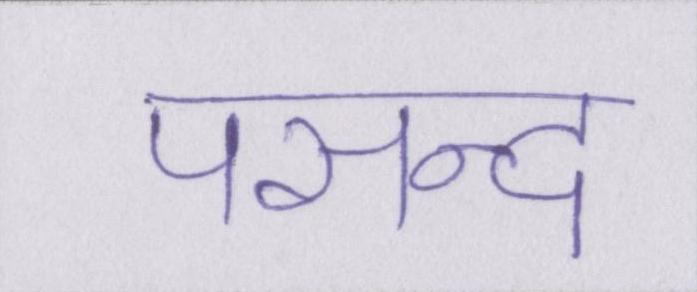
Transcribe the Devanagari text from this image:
पसन्द